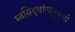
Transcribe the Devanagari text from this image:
स्वसिद्धांतानुयायी